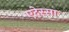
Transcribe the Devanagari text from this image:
एदेस्सा